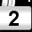
Digit: 2